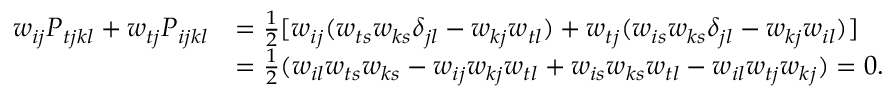
\begin{array} { r l } { w _ { i j } P _ { t j k l } + w _ { t j } P _ { i j k l } } & { = \frac { 1 } { 2 } [ w _ { i j } ( w _ { t s } w _ { k s } \delta _ { j l } - w _ { k j } w _ { t l } ) + w _ { t j } ( w _ { i s } w _ { k s } \delta _ { j l } - w _ { k j } w _ { i l } ) ] } \\ & { = \frac { 1 } { 2 } ( w _ { i l } w _ { t s } w _ { k s } - w _ { i j } w _ { k j } w _ { t l } + w _ { i s } w _ { k s } w _ { t l } - w _ { i l } w _ { t j } w _ { k j } ) = 0 . } \end{array}